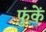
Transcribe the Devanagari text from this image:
फुंकें